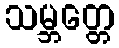
သမ္ဘတ္တေ